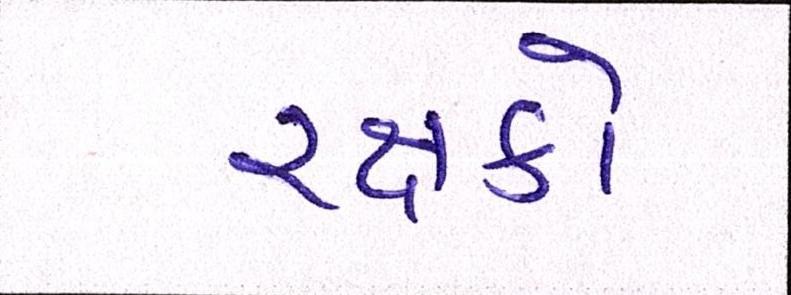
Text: રક્ષકો